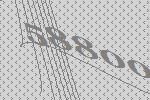
58800